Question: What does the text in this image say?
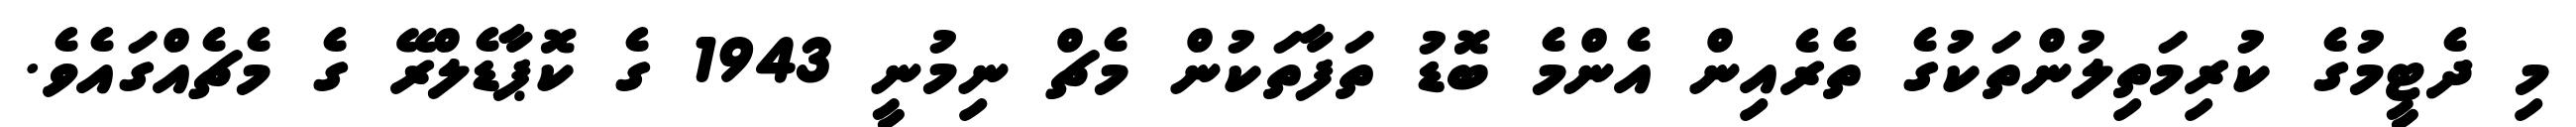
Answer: މި ދެޓީމުގެ ކުރިމަތިލުންތަކުގެ ތެރެއިން އެންމެ ބޮޑު ތަފާތަކުން މެޗް ނިމުނީ 1943 ގެ ކޮޕާޑެލްރޭ ގެ މެޗެއްގައެވެ.